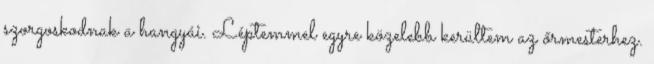
szorgoskodnak a hangyái. Léptemmel egyre közelebb kerültem az őrmesterhez.